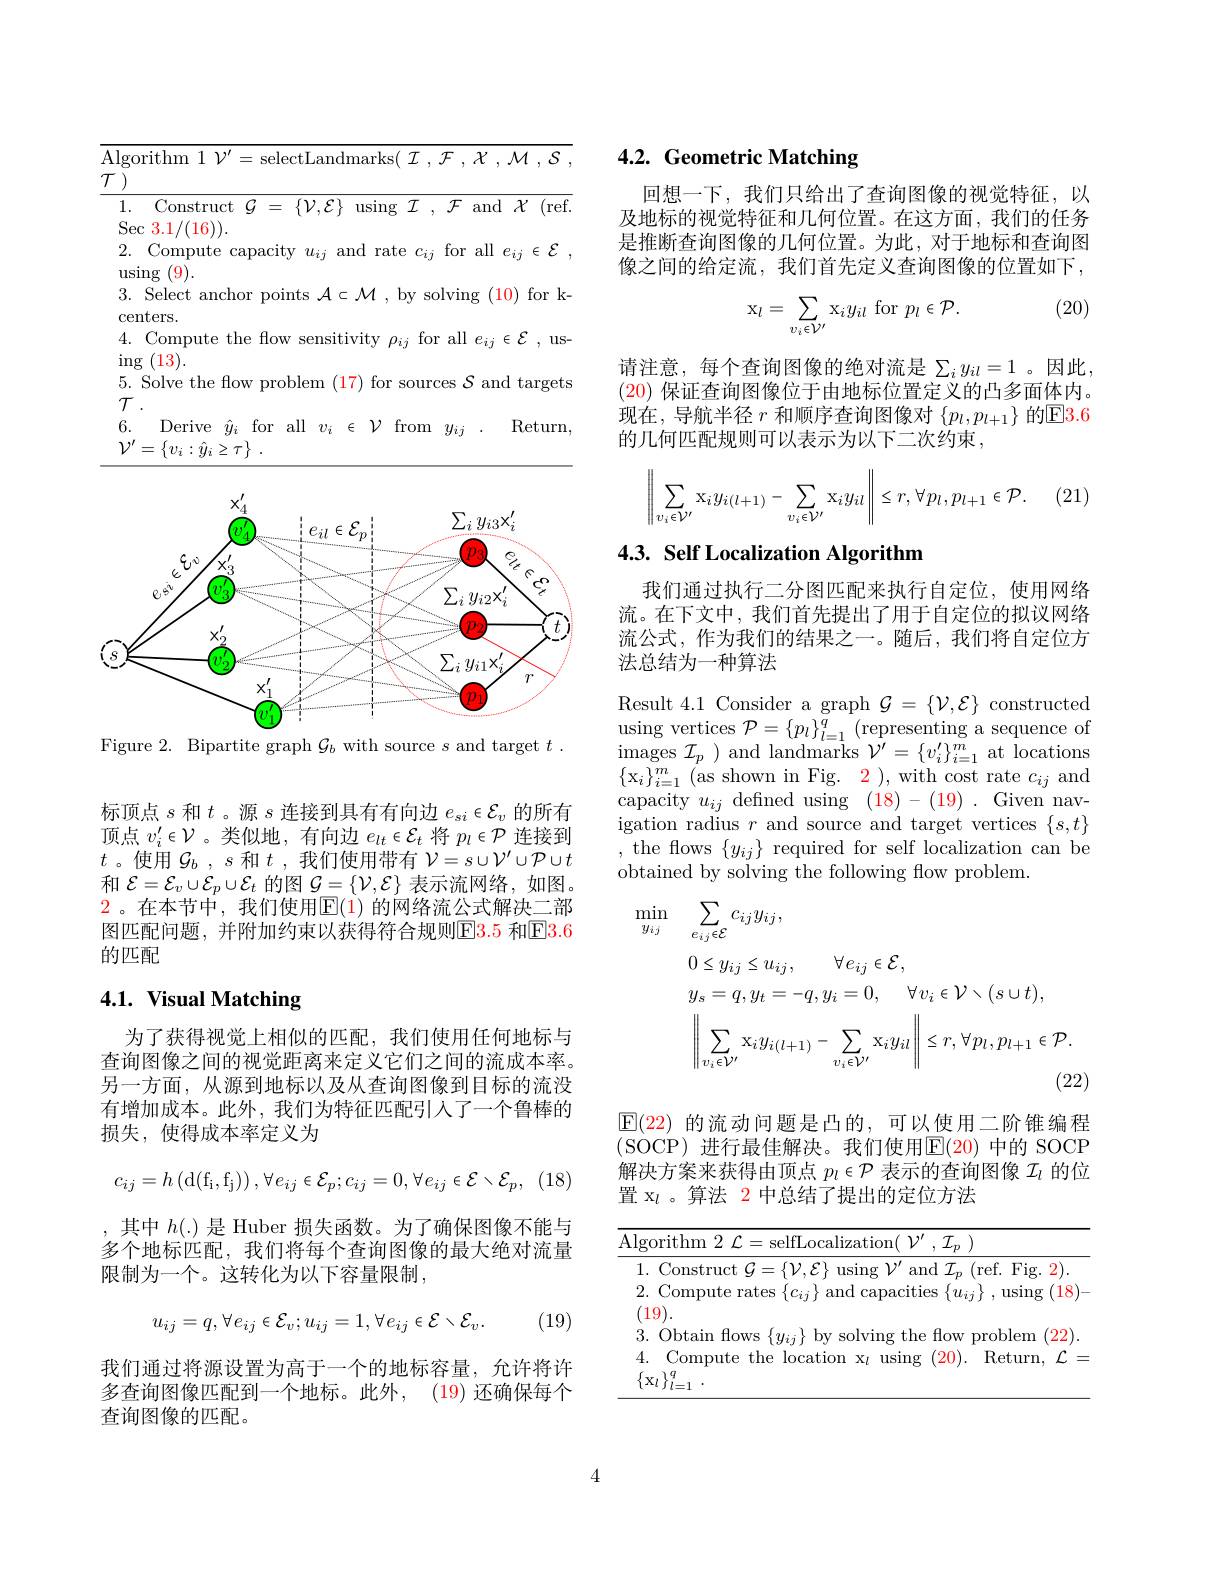
<table>
	<tbody>
		<tr>
			<td>Algorithm 1 $\mathcal{V} ^{\prime }=$selectLandmarks( $\mathcal{I},\mathcal{F}$ </td>
			<td>${\mathcal{L} }$ , $\mathcal{M}$ , $\mathcal{S}$</td>
		</tr>
		<tr>
			<td>$\operatorname{ing}(13).$ 5. Solve the flow problem (17) ${\mathrm{~for~sources}}$ $T$</td>
			<td>$\operatorname{targets}$ and</td>
		</tr>
		<tr>
			<td>6. ${\mathrm{Derive~}\hat{y}_{i}}{\mathrm{~for~all~}v_{i}}\in{\mathcal{V}}$ from $y_{i}$</td>
			<td>$\operatorname{Return}$</td>
		</tr>
	</tbody>
</table>

<FigureHere>
Figure 2. Bipartite graph $\mathcal{G}_b$ with source $s$ and target $t.$

标顶点$s$和$t$ 。源$s$连接到具有有向边$e_si\in\mathcal{E}_v$的所有顶点$v_i^{\prime}\in\mathcal{V}$ 。类似地 ,有向边$e_lt\in\mathcal{E}_t$将$p_l\in\mathcal{P}$连接到$t$ 。使用$\mathcal{G}_b,s$和$t$ ,我们使用带有$\mathcal{V}=s\cup\mathcal{V}^\prime\cup\mathcal{P}\cup t$ 和$\mathcal{E}=\mathcal{E}_v\cup\mathcal{E}_p\cup\mathcal{E}_t$的图$\mathcal{G}=\left\{\mathcal{V},\mathcal{E}\right\}$表示流网络，如图$\color{red}2$。在本节中，我们使用$\color{red}{\mathrm{E}}(1)$ 的网络流公式解决二部图匹配问题，并附加约束以获得符合规则$\color{#c000}{\mathrm{F3.5~}}$和$\color{#c000}{\mathrm{F3.6}}$ 的匹配

# 4.1. Visual Matching

为了获得视觉上相似的匹配，我们使用任何地标与查询图像之间的视觉距离来定义它们之间的流成本率。另一方面，从源到地标以及从查询图像到目标的流没有增加成本。此外，我们为特征匹配引入了一个鲁棒的损失，使得成本率定义为
$$c_{ij}=h\left(\mathrm d(\mathrm f_\mathrm i,\mathrm f_\mathrm j)\right),\forall e_{ij}\in\mathcal E_p;c_{ij}=0,\forall e_{ij}\in\mathcal E\setminus\mathcal E_p,$$
,其中$h(.)$是 Huber 损失函数。为了确保图像不能与多个地标匹配，我们将每个查询图像的最大绝对流量限制为一个。这转化为以下容量限制，
$$u_{ij}=q,\forall e_{ij}\in\mathcal{E}_{v};u_{ij}=1,\forall e_{ij}\in\mathcal{E}\setminus\mathcal{E}_{v}.$$
(19)

我们通过将源设置为高于一个的地标容量，允许将许多查询图像匹配到一个地标。此外，(19) 还确保每个查询图像的匹配。

# 4.2. Geometric Matching

回想一下，我们只给出了查询图像的视觉特征，以及地标的视觉特征和几何位置。在这方面，我们的任务是推断查询图像的几何位置。为此，对于地标和查询图像之间的给定流，我们首先定义查询图像的位置如下，

, (20)
$$\mathrm{x}_{l}=\sum_{v_{i}\in\mathcal{V}^{\prime}}\mathrm{x}_{i}y_{il}\:\mathrm{for}\:p_{l}\in\mathcal{P}.$$
请注意，每个查询图像的绝对流是$\sum_iy_{il}=1$ 。因此(20) 保证查询图像位于由地标位置定义的凸多面体内。现在，导航半径$r$和顺序查询图像对$\{p_l,p_l+1\}$的$\boxed{\mathrm{E}}3.6$ 的几何匹配规则可以表示为以下二次约束，
$$\left\|\sum_{v_i\in\mathcal{V}'}\mathrm{x}_iy_{i(l+1)}-\sum_{v_i\in\mathcal{V}'}\mathrm{x}_iy_{il}\right\|\leq r,\forall p_l,p_{l+1}\in\mathcal{P}.$$
(21)

## 4.3. Self Localization Algorithm

我们通过执行二分图匹配来执行自定位，使用网络流。在下文中，我们首先提出了用于自定位的拟议网络流公式，作为我们的结果之一。随后，我们将自定位方法总结为一种算法
Result 4.1 Consider a graph $\mathcal{G}=\{\mathcal{V},\mathcal{E}\}$ constructed $\operatorname* { using vertices } \mathcal{P} = \{ p_{l}\} _{l= 1}^{q}\allowbreak ( {\mathrm{mod}} $representing a sequence of) $\operatorname*{images}\mathcal{I}_{p})$ and landmarks $\mathcal{V}^\prime=\{v_{i}^{\prime}\}_{i=1}^{m}$ at locations $\{\mathrm{x}_{i}\}_{i=1}^{m}~($as shown in Fig. 2),with cost rate $c_ij$ and capacity $u_{ij}$ defined using (18)-(19). Given navigation radius $r$ and source and target vertices $\{s,t\}$ , the flows $\{ y_{ij}\} {\mathrm{~required~for~self~localization~can~be}}$ obtained by solving the following flow problem.

min

$y_{ij}$
$$\begin{aligned}&\sum_{e_{ij}\in\mathcal{E}}c_{ij}y_{ij},\\&0\leq y_{ij}\leq u_{ij},\quad\forall e_{ij}\in\mathcal{E},\\&y_{s}=q,y_{t}=-q,y_{i}=0,\quad\forall v_{i}\in\mathcal{V}\smallsetminus(s\cup t),\\&\left\|\sum_{v_{i}\in\mathcal{V}^{\prime}}\mathrm{x}_{i}y_{i(l+1)}-\sum_{v_{i}\in\mathcal{V}^{\prime}}\mathrm{x}_{i}y_{il}\right\|\leq r,\forall p_{l},p_{l+1}\in\mathcal{P}.\\&&\text{(22)}\end{aligned}$$
$\operatorname{E}(22)$的流动问题是凸的，可以使用二阶锥编程(SOCP)进行最佳解决。我们使用$\mathsf{E}(20)$ 中的 SOCP 解决方案来获得由顶点$p_l\in\mathcal{P}$表示的查询图像$\mathcal{I}_l$的位置 x$_l$ 。算法 2 中总结了提出的定位方法

<table>
	<tbody>
		<tr>
			<td>Algorithm 2 $\mathcal{L} =$selfLocalization$(\mathcal{V}^\prime,\mathcal{I}_p)$</td>
			<td>$A$ L</td>
			<td>$\operatorname{ithm}2~\mathcal{L}=\operatorname{selfLocalization}(~\mathcal{V}^{\prime}~,~\mathcal{I}_{p}~)$</td>
		</tr>
		<tr>
			<td>1. Construct $\mathcal{G}=\{\mathcal{V},\mathcal{E}\}$ using $\mathcal{V}^\prime$ and $\mathcal{I} _p$ ( rex) </td>
			<td> </td>
			<td>ls1m and Fio</td>
		</tr>
		<tr>
			<td>$JWS~\{y_{ij}\}$ sorving tire inow pro 4. Compute the location x$_l$ using (20). R $\{ \mathbf{x} _{l}\} _{l= 1}^{q}$ .</td>
			<td> </td>
			<td>nows $\{y_{ij}\}$ by sorving tne now problem Compute the location x$_l$ using (20). Return, $\mathcal{L}$ $q$ $l= 1$ .</td>
		</tr>
	</tbody>
</table>

4